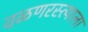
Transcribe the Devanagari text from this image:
वळणरस्त्याला